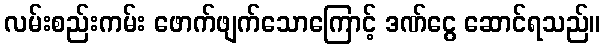
လမ်းစည်းကမ်း ဖောက်ဖျက်သောကြောင့် ဒဏ်ငွေ ဆောင်ရသည်။